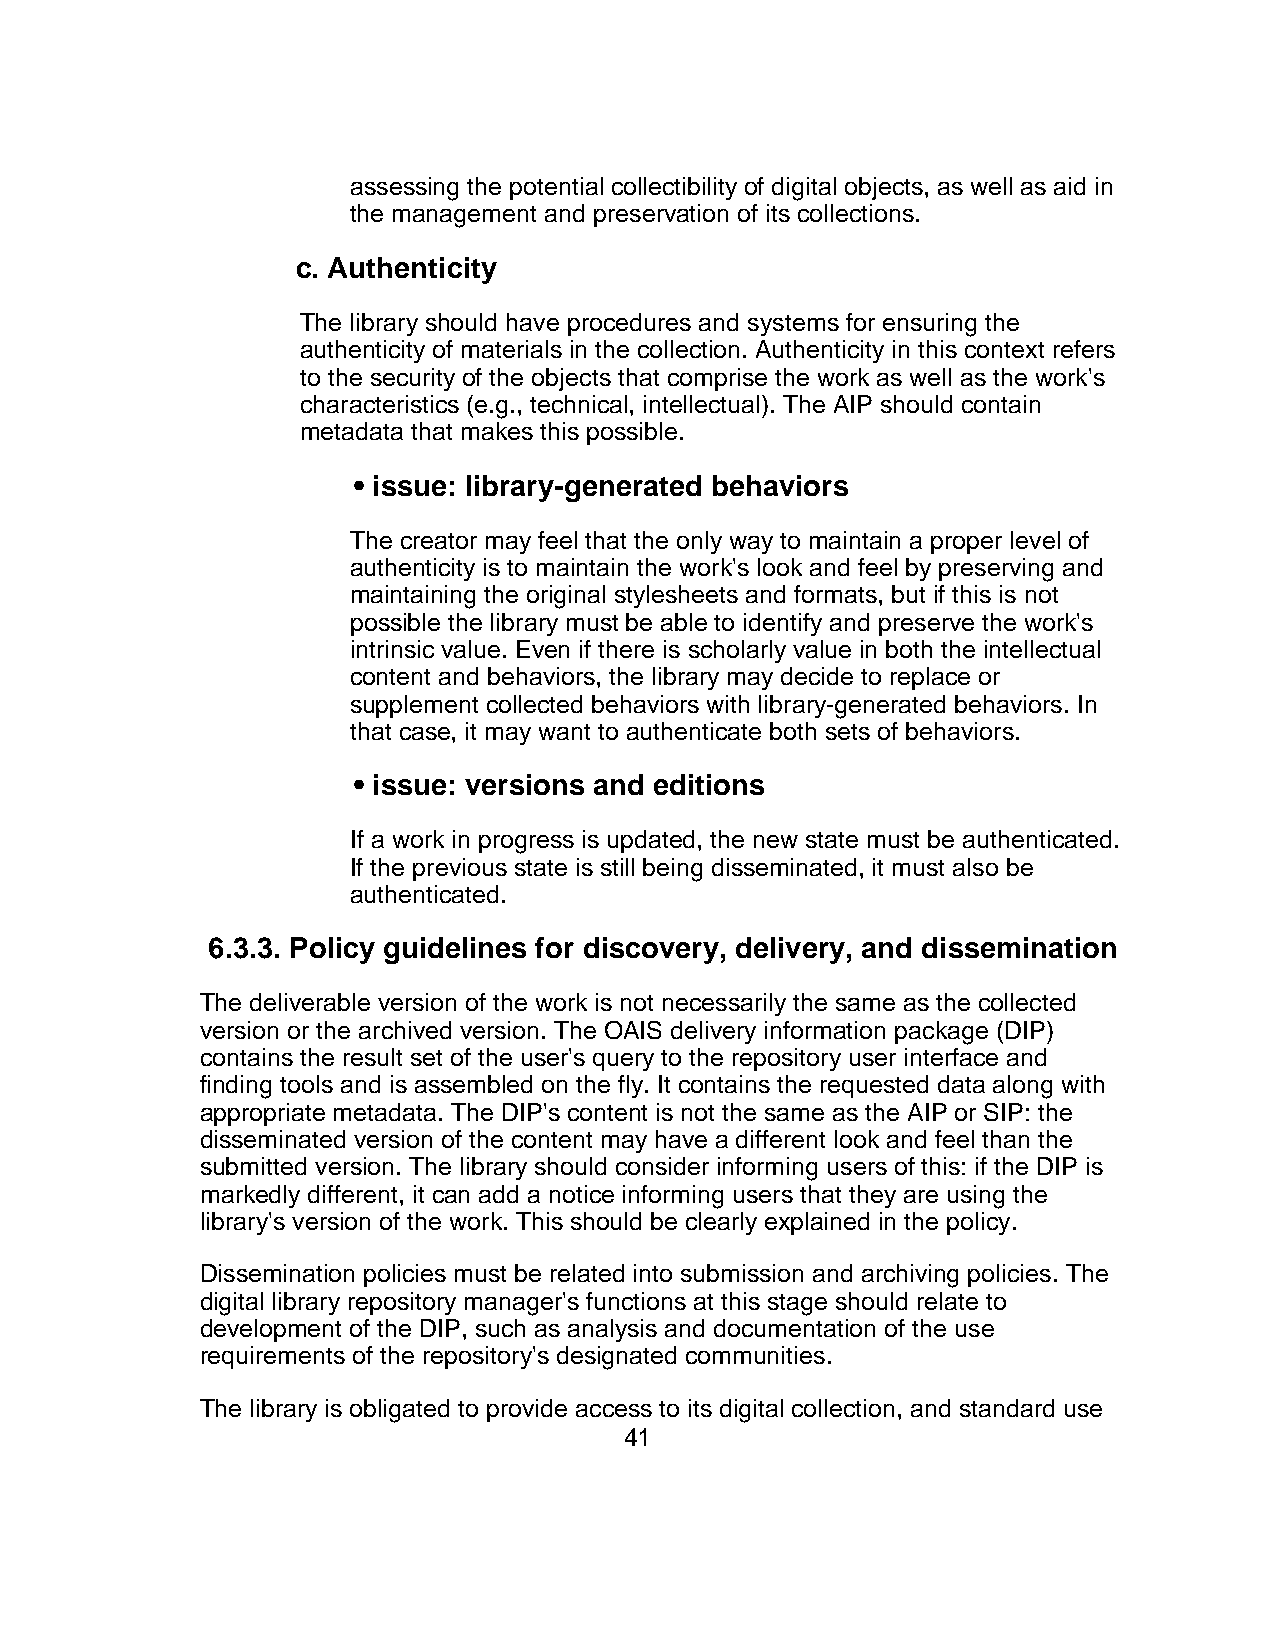
assessing the potential collectibility of digital objects, as well as aid in
 the management and preservation of its collections.
 c. Authenticity
 The library should have procedures and systems for ensuring the
 authenticity of materials in the collection. Authenticity in this context refers
 to the security of the objects that comprise the work as well as the work's
 characteristics (e.g., technical, intellectual). The AIP should contain
 metadata that makes this possible.
 • issue: library-generated behaviors
 The creator may feel that the only way to maintain a proper level of
 authenticity is to maintain the work's look and feel by preserving and
 maintaining the original stylesheets and formats, but if this is not
 possible the library must be able to identify and preserve the work's
 intrinsic value. Even if there is scholarly value in both the intellectual
 content and behaviors, the library may decide to replace or
 supplement collected behaviors with library-generated behaviors. In
 that case, it may want to authenticate both sets of behaviors.
 • issue: versions and editions
 If a work in progress is updated, the new state must be authenticated.
 If the previous state is still being disseminated, it must also be
 authenticated.
 6.3.3. Policy guidelines for discovery, delivery, and dissemination
 The deliverable version of the work is not necessarily the same as the collected
 version or the archived version. The OAIS delivery information package (DIP)
 contains the result set of the user's query to the repository user interface and
 finding tools and is assembled on the fly. It contains the requested data along with
 appropriate metadata. The DIP's content is not the same as the AIP or SIP: the
 disseminated version of the content may have a different look and feel than the
 submitted version. The library should consider informing users of this: if the DIP is
 markedly different, it can add a notice informing users that they are using the
 library's version of the work. This should be clearly explained in the policy.
 Dissemination policies must be related into submission and archiving policies. The
 digital library repository manager's functions at this stage should relate to
 development of the DIP, such as analysis and documentation of the use
 requirements of the repository's designated communities.
 The library is obligated to provide access to its digital collection, and standard use
 41